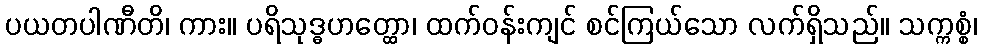
ပယတပါဏီတိ၊ ကား။ ပရိသုဒ္ဓဟတ္ထော၊ ထက်ဝန်းကျင် စင်ကြယ်သော လက်ရှိသည်။ သက္ကစ္စံ၊